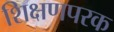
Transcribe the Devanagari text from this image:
शिक्षणपरक